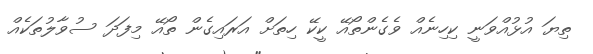
ތިޔަ އުޅުއްވަނީ ކިހިނެއް ވެގެންތޯއޭ ކީކޭ ހިތަށް އަރައިގެން ތޯއޭ މިފަދަ ސުވާލުތަކެއް